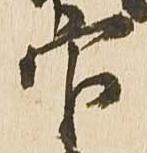
官